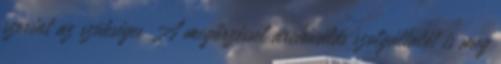
szerint az szükséges A megőrzéssel archiválás szolgáltatót is meg